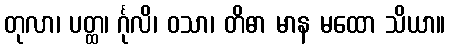
တုလာ၊ ပတ္ထ၊ င်္ဂုလိ၊ ဝသာ၊ တိဓာ မာန မထော သိယာ။